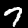
Digit: 7